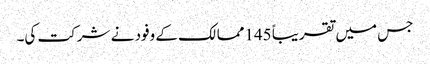
جس میں تقریباً 145ممالک کے وفود نے شرکت کی۔